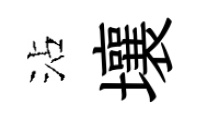
沾壤